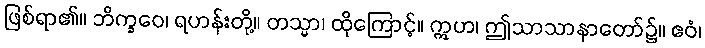
ဖြစ်ရာ၏။ ဘိက္ခဝေ၊ ရဟန်းတို့။ တသ္မာ၊ ထိုကြောင့်။ ဣဟ၊ ဤသာသာနာတော်၌။ ဧဝံ၊